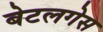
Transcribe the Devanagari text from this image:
बेटलगेस